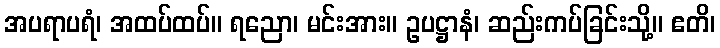
အပရာပရံ၊ အထပ်ထပ်။ ရညော၊ မင်းအား။ ဥပဋ္ဌာနံ၊ ဆည်းကပ်ခြင်းသို့။ ဧတိ၊